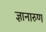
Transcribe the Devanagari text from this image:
ज्ञानारुण